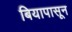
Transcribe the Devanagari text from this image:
बियापासून